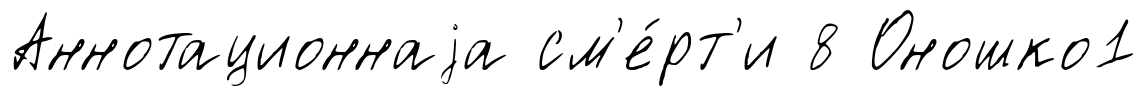
Аннотационнаjа см'е́рт'и 8 Оношко1